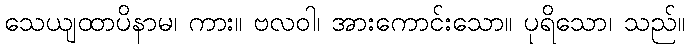
သေယျထာပိနာမ၊ ကား။ ဗလဝါ၊ အားကောင်းသော။ ပုရိသော၊ သည်။